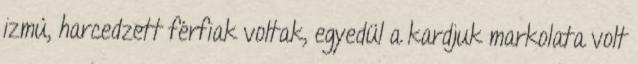
izmú, harcedzett férfiak voltak, egyedül a kardjuk markolata volt